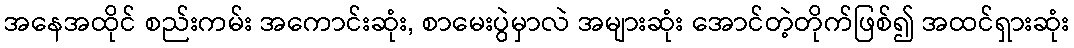
အနေအထိုင် စည်းကမ်း အကောင်းဆုံး, စာမေးပွဲမှာလဲ အများဆုံး အောင်တဲ့တိုက်ဖြစ်၍ အထင်ရှားဆုံး